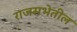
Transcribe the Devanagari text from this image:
राजसभेतील